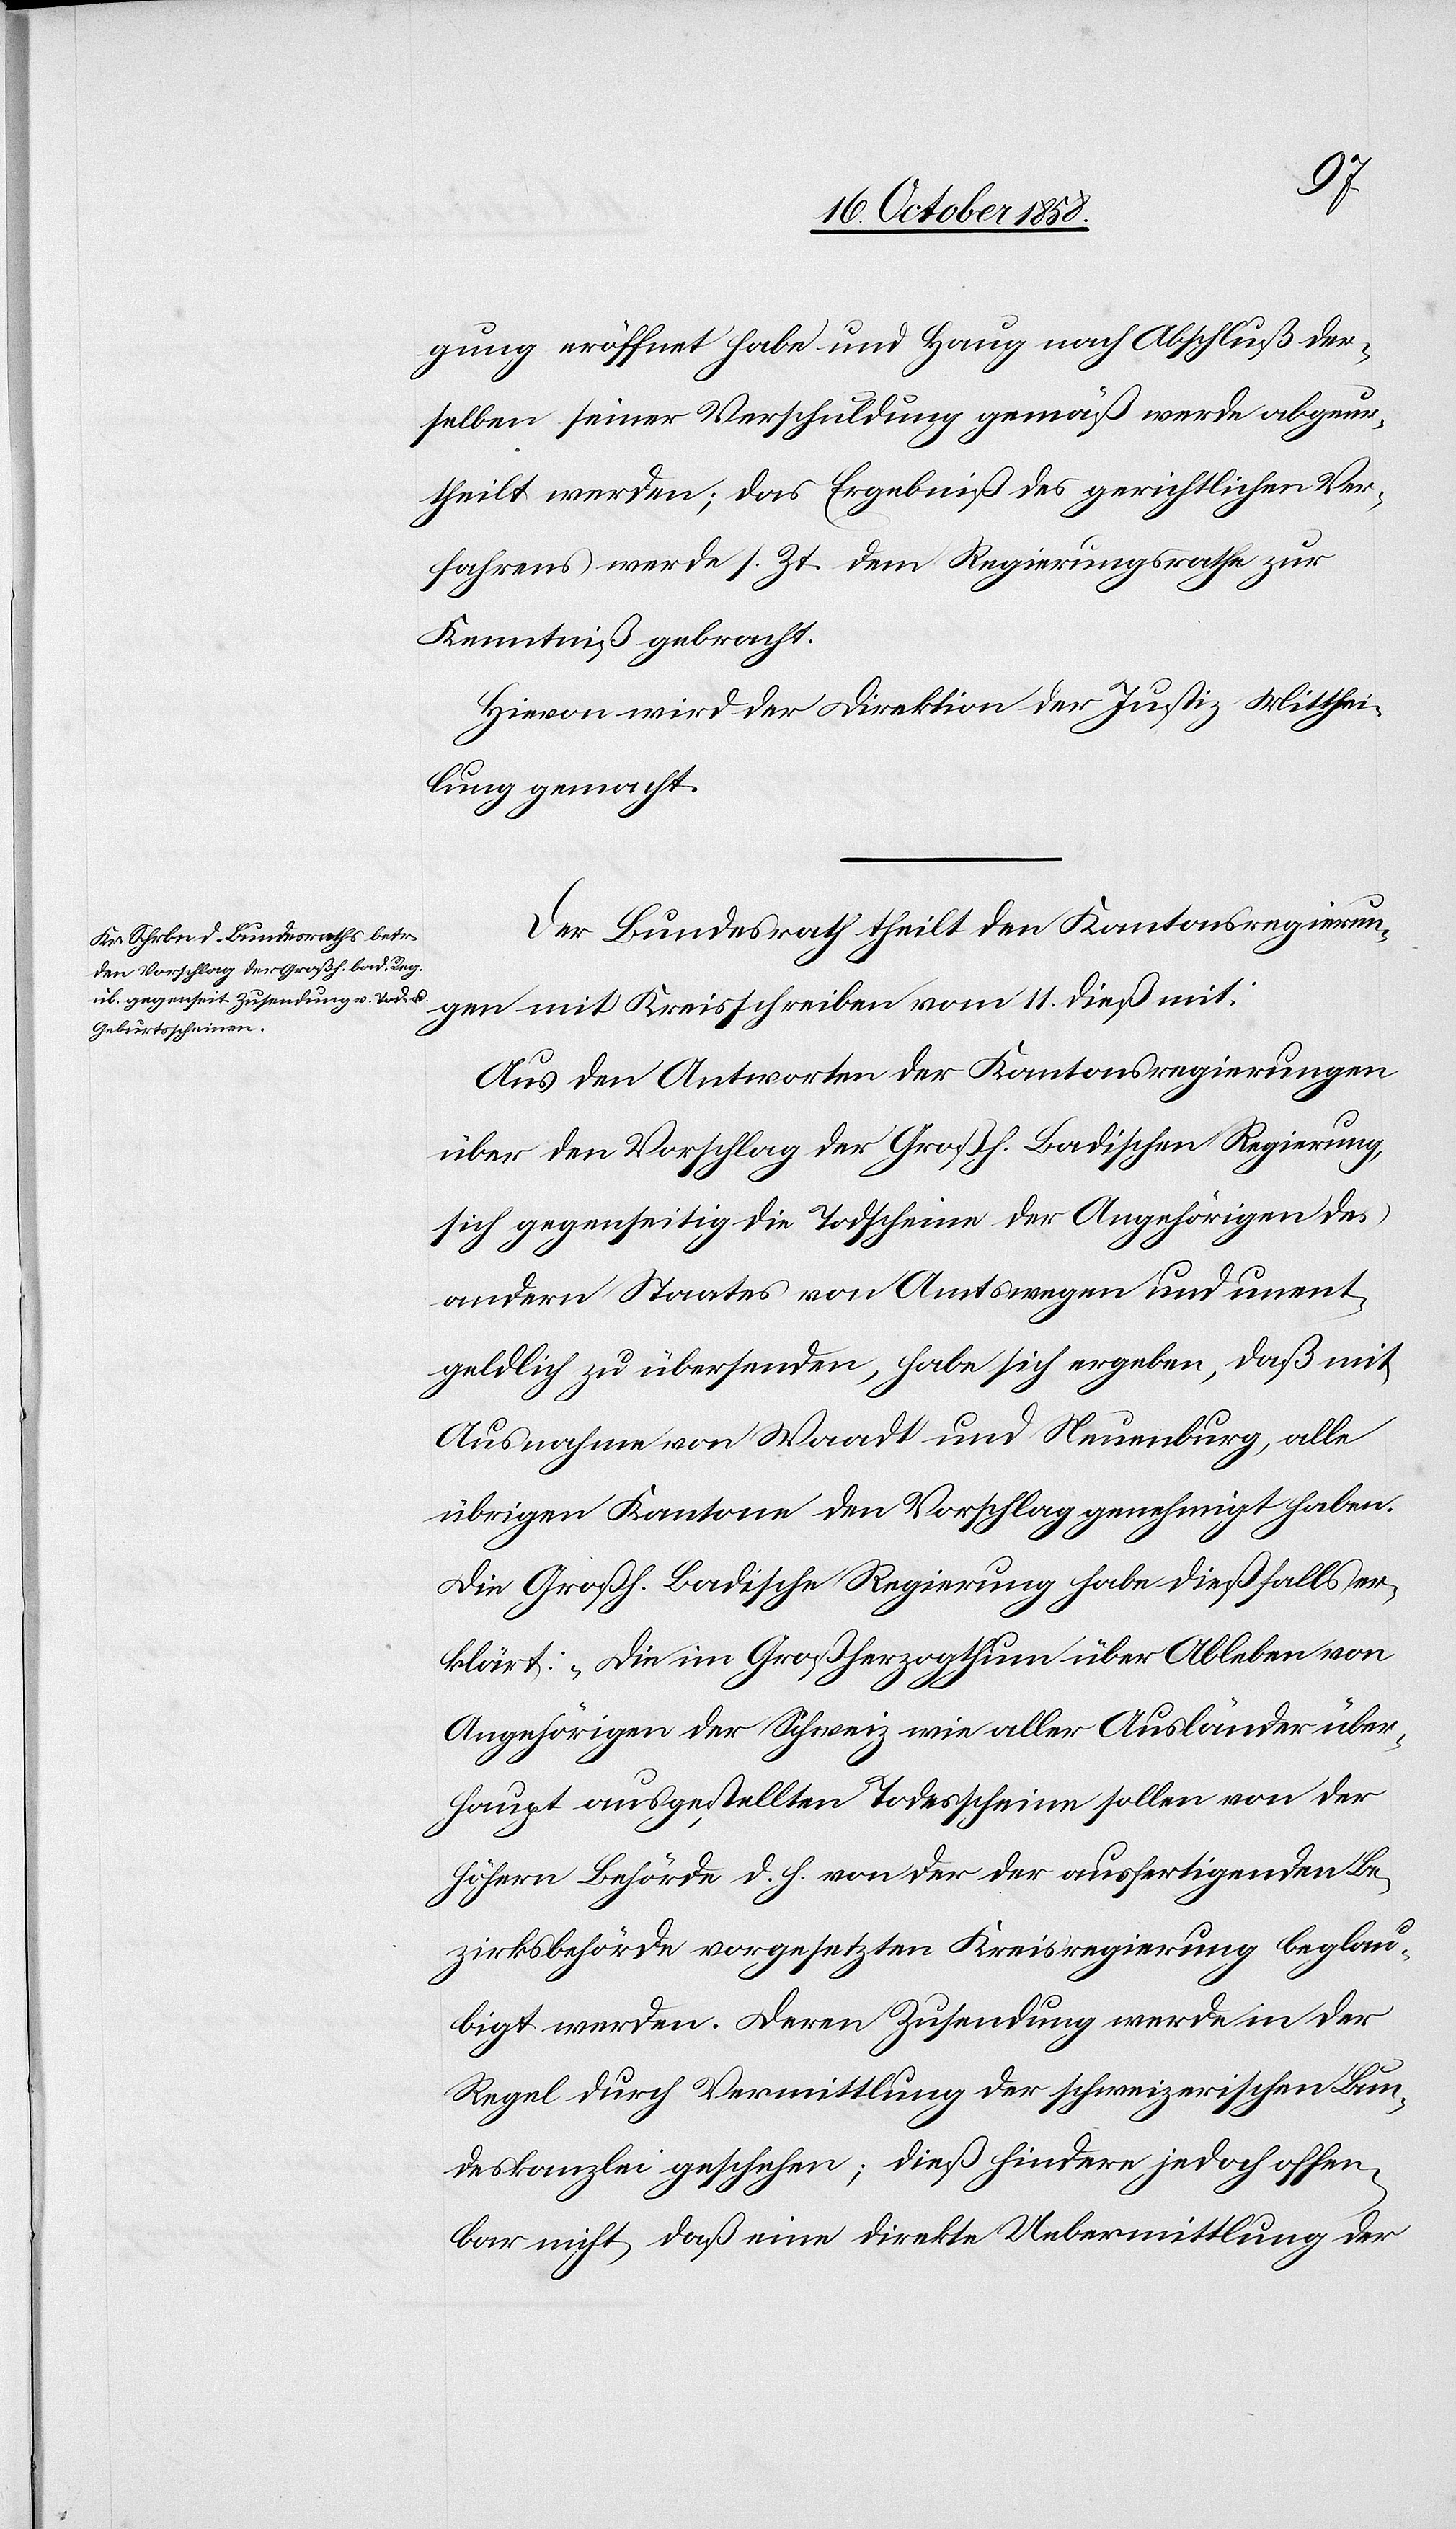
gung eröffnet habe und Haug nach Abschluß der¬
selben seiner Verschuldung gemäß werde abgeur¬
theilt werden; das Ergebniß des gerichtlichen Ver¬
fahrens werde s. Zt. dem Regierungsrathe zur
Kenntniß gebracht.
Hievon wird der Direktion der Justiz Mitthei¬
lung gemacht.
Der Bundesrath theilt den Kantonsregierun¬
gen mit Kreisschreiben vom 11. dieß mit:
Aus den Antworten der Kantonsregierungen
über den Vorschlag der Großh. Badischen Regierung,
sich gegenseitig die Todscheine der Angehörigen des
andern Staates von Amtswegen und unent¬
geldlich zu übersenden, habe sich ergeben, daß mit
Ausnahme von Waadt und Neuenburg, alle
übrigen Kantone den Vorschlag genehmigt haben.
Die Großh. Badische Regierung habe dießfalls er¬
klärt: „Die im Großherzogthum über Ableben von
Angehörigen der Schweiz wie aller Ausländer über¬
haupt ausgestellten Todesscheine sollen von der
höhern Behörde d. h. von der der ausfertigenden Be¬
zirksbehörde vorgesetzten Kreisregierung beglau¬
bigt werden. Deren Zusendung werde in der
Regel durch Vermittlung der schweizerischen Bun¬
deskanzlei geschehen; dieß hindere jedoch offen¬
bar nicht, daß eine direkte Uebermittlung der